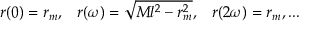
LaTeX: r ( 0 ) = r _ { m } , \; \; \; r ( \omega ) = \sqrt { M l ^ { 2 } - r _ { m } ^ { 2 } } , \; \; \; r ( 2 \omega ) = r _ { m } , . . .